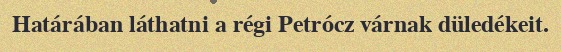
Határában láthatni a régi Petrócz várnak düledékeit.